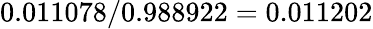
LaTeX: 0.011078/0.988922=0.011202